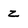
Character: z